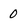
Character: 0